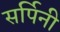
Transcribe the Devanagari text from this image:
सर्पिनी